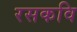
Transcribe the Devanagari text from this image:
रसकवि